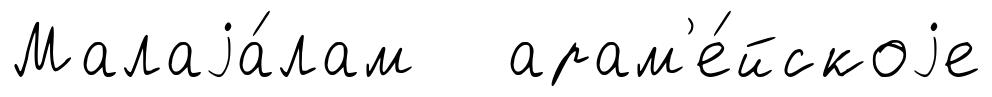
Малаjа́лам арам'е́йскоjе